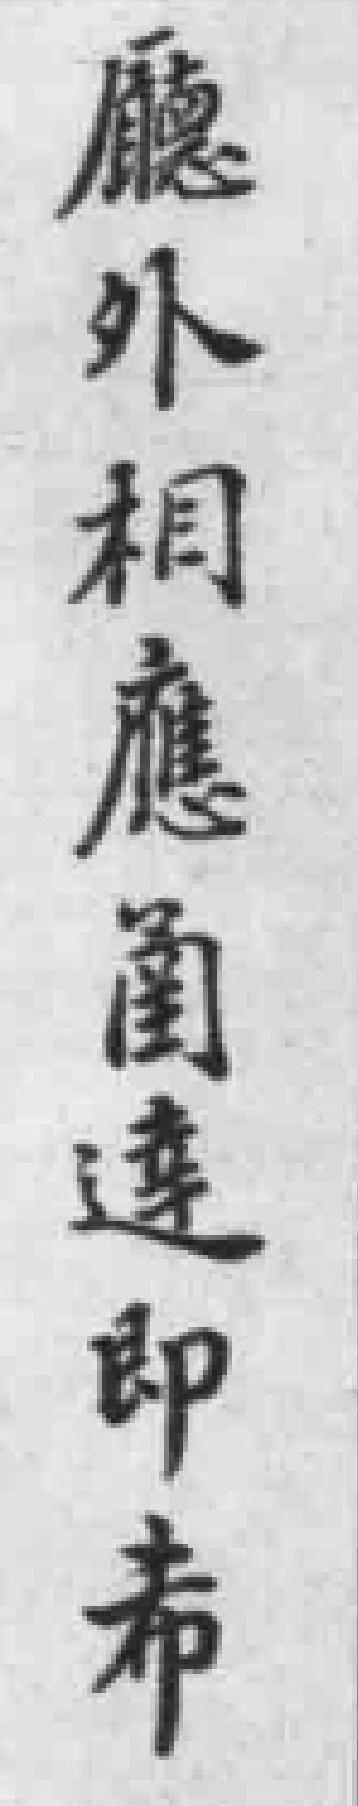
廳外相應圅達即希